Lunatic asylums in Bengal annual reports 1888-1898 - 1888-1898
Year: 1888
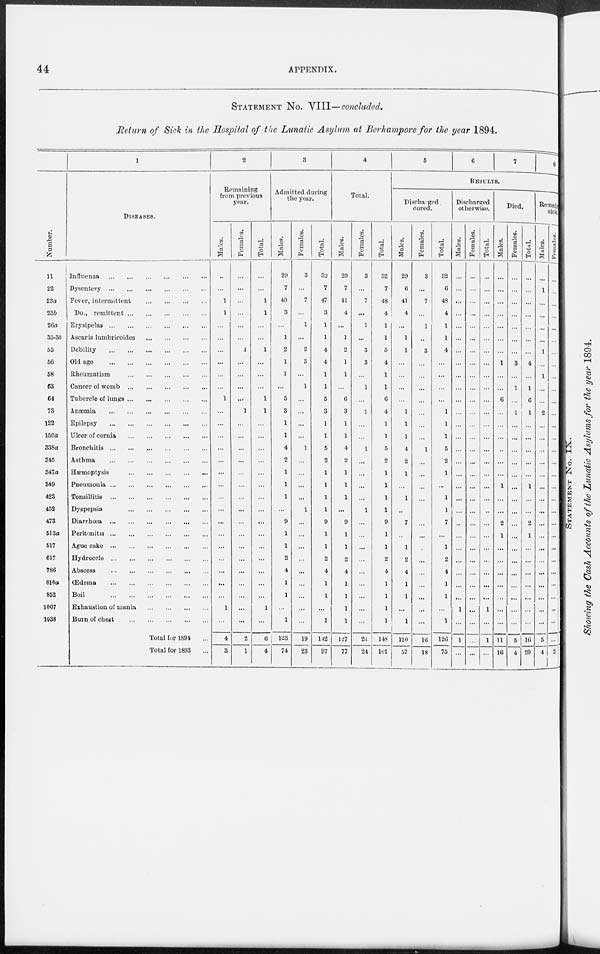
44
APPENDIX.
STATEMENT No. VIII—concluded.
Return of Sick in the Hospital of the Lunatic Asylum at Berhampore for the year 1894.
Number.
11
22
23a
23b
26a
35-30
55
56
58
63
64
73
122
150a
338a
345
347a
349
423
452
473
513a
517
617
786
810a
852
1007
1038
1
DISEASES.
Influenza
...
...
...
...
...
...
Dysentery
...
...
...
...
...
...
Fever, intermittent
...
...
...
...
Do., remittent
...
...
...
...
...
Erysipelas
...
...
...
...
...
...
Ascaris lumbricoides
...
...
...
...
Debility
...
...
...
...
...
...
Old age
...
...
...
...
...
...
Rheumatism
...
...
...
...
...
Cancer of womb
...
...
...
...
...
Tubercle of lungs
...
...
...
...
...
Anæmia
...
...
...
...
...
...
Epilepsy
...
...
...
...
...
...
Ulcer of cornia
...
...
...
...
...
Bronchitis
...
...
...
...
...
...
Asthma
...
...
...
...
...
...
Hæmoptysis ... ... ... ... ...
Pneumonia
...
...
...
...
...
...
Tonsillitis
...
...
...
...
...
...
Dyspepsia
...
...
...
...
...
Diarrhœa
...
...
...
...
...
...
Peritonitis
...
...
...
...
...
...
Ague cake
...
...
...
...
...
...
Hydrocele
...
...
...
...
...
...
Abscess
...
...
...
...
...
...
Œdema
...
...
...
...
...
...
Boil ... ... ... ... ... ...
Exhaustion of mania
...
...
...
...
Burn of chest
...
...
...
...
...
Total for 1894 ...
Total for 1893 ...
2
Remaining
from previous
year.
Males.
...
...
1
1
...
...
...
...
...
...
1
...
...
...
...
...
...
...
...
...
...
...
...
...
...
...
...
1
...
4
3
Females.
...
...
...
...
...
...
1
...
...
...
...
1
...
...
...
...
...
...
...
...
...
...
...
...
...
...
...
...
...
2
1
Total.
...
...
1
1
...
...
1
...
...
...
1
1
...
...
...
...
...
...
...
...
...
...
...
...
...
...
...
1
...
6
4
3
Admitted during
the year.
Males.
29
7
40
3
...
1
2
1
1
...
5
3
1
1
4
2
1
1
1
...
9
1
1
2
4
1
1
...
1
123
74
Females.
3
...
7
...
1
...
2
3
...
1
...
...
...
...
1
...
...
...
...
1
...
...
...
...
...
...
...
...
...
19
23
Total.
32
7
47
3
1
1
4
4
1
1
5
3
1
1
5
2
1
1
1
1
9
1
1
2
4
1
1
...
1
142
97
4
Total.
Males.
29
7
41
4
...
1
2
1
1
...
6
3
1
1
4
2
1
1
1
...
9
1
1
2
4
1
1
1
1
127
77
Females.
3
...
7
...
1
...
3
3
...
1
...
1
...
...
1
...
...
...
...
1
...
...
...
...
...
...
...
...
...
21
24
Total.
32
7
48
4
1
1
5
4
1
1
6
4
1
1
5
2
1
1
1
1
9
1
1
2
4
1
1
1
1
148
101
5
6
7
8
RESULTS.
Discharged
cured.
Males.
29
6
41
4
...
1
1
...
...
...
...
1
1
1
4
2
1
...
1
...
7
...
1
2
4
1
1
...
1
110
57
Females.
3
...
7
...
1
...
3
...
...
...
...
...
...
...
1
...
...
...
...
1
...
...
...
...
...
...
...
...
...
16
18
Total.
32
6
48
4
1
1
4
...
...
...
...
1
1
1
5
2
1
...
1
1
7
...
1
2
4
1
1
...
1
126
75
Discharged
otherwise.
Males.
...
...
...
...
...
...
...
...
...
...
...
...
...
...
...
...
...
...
...
...
...
...
...
...
...
...
...
1
...
1
...
Females.
...
...
...
...
...
...
...
...
...
...
...
...
...
...
...
...
...
...
...
...
...
...
...
...
...
...
...
...
...
...
...
Total.
...
...
...
...
...
...
...
...
...
...
...
...
...
...
...
...
...
...
...
...
...
...
...
...
...
...
...
1
...
1
...
Died.
Males.
...
...
...
...
...
...
...
1
...
...
6
...
...
...
...
...
...
1
...
...
2
1
...
...
...
...
...
...
...
11
16
Females.
...
...
...
...
...
...
...
3
...
1
...
1
...
...
...
...
...
...
...
...
...
...
...
...
...
...
...
...
...
5
4
Total.
...
...
...
...
...
...
...
4
...
1
6
1
...
...
...
...
...
1
...
...
2
1
...
...
...
...
...
...
...
16
20
Remaining
sick.
Males.
...
1
...
...
...
...
1
...
1
...
...
2
...
...
...
...
...
...
...
...
...
...
...
...
...
...
...
...
...
5
4
Females.
...
...
...
...
...
...
...
...
...
...
...
...
...
...
...
...
...
...
...
...
...
...
...
...
...
...
...
...
...
...
2